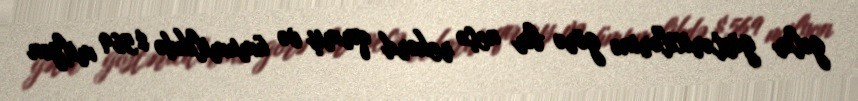
gəlir göstəricilərinə görə bir neçə rekord qırmış və ümumilikdə $569 milyon